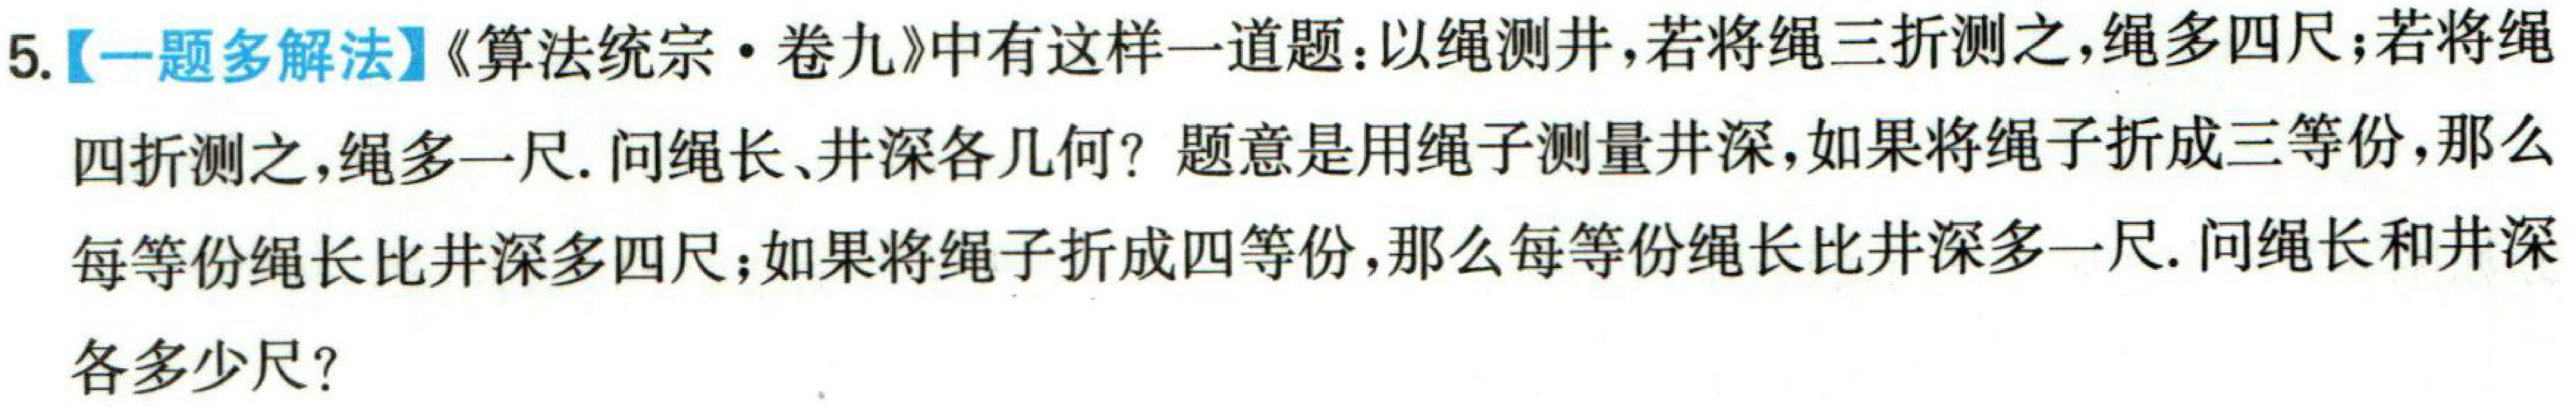
5.【一题多解法】《算法统宗$\cdot$卷九》中有这样一道题：以绳测井，若将绳三折测之，绳多四尺；若将绳四折测之，绳多一尺. 问绳长、井深各几何？题意是用绳子测量井深，如果将绳子折成三等份，那么每等份绳长比井深多四尺；如果将绳子折成四等份，那么每等份绳长比井深多一尺. 问绳长和井深各多少尺？